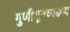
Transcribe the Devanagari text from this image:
गुणीभूतव्यङग्य